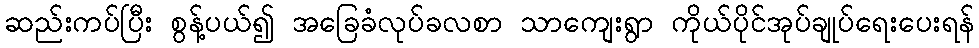
ဆည်းကပ်ပြီး စွန့်ပယ်၍ အခြေခံလုပ်ခလစာ သာကျေးရွာ ကိုယ်ပိုင်အုပ်ချုပ်ရေးပေးရန်